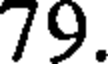
79.